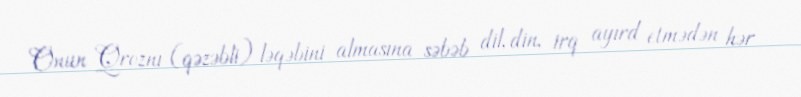
Onun Qroznı (qəzəbli) ləqəbini almasına səbəb dil, din, irq ayırd etmədən hər